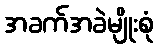
အခက်အခဲမျိုးစုံ